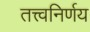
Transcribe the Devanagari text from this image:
तत्त्वनिर्णय